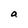
Character: a